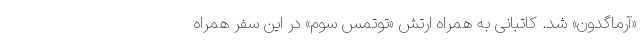
«آرماگدون» شد. کاتبانی به همراه ارتش «توتمس سوم» در این سفر همراه